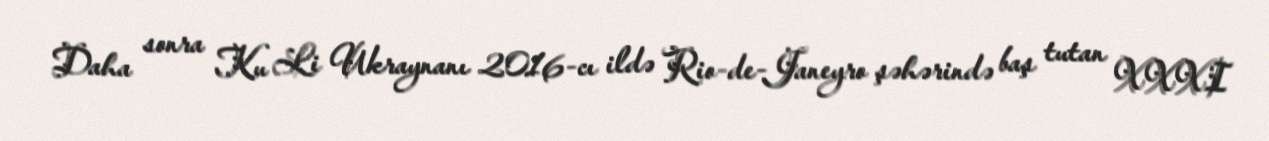
Daha sonra Ku Li Ukraynanı 2016-cı ildə Rio-de-Janeyro şəhərində baş tutan XXXI